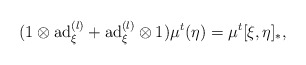
\begin{align*}(1\otimes \mathrm{ad}_{\xi}^{(l)}+\mathrm{ad}_{\xi}^{(l)}\otimes 1)\mu^{t}(\eta)=\mu^{t}[\xi,\eta]_{\ast},\end{align*}